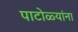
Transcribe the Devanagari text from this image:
पाटोळ्यांना